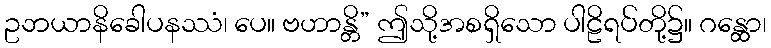
ဥဘယာနိခေါပနဿံ၊ ပေ။ ဗဟာန္တိ” ဤသို့အစရှိသော ပါဠိရပ်တို့၌။ ဂန္ထော၊